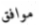
موافق